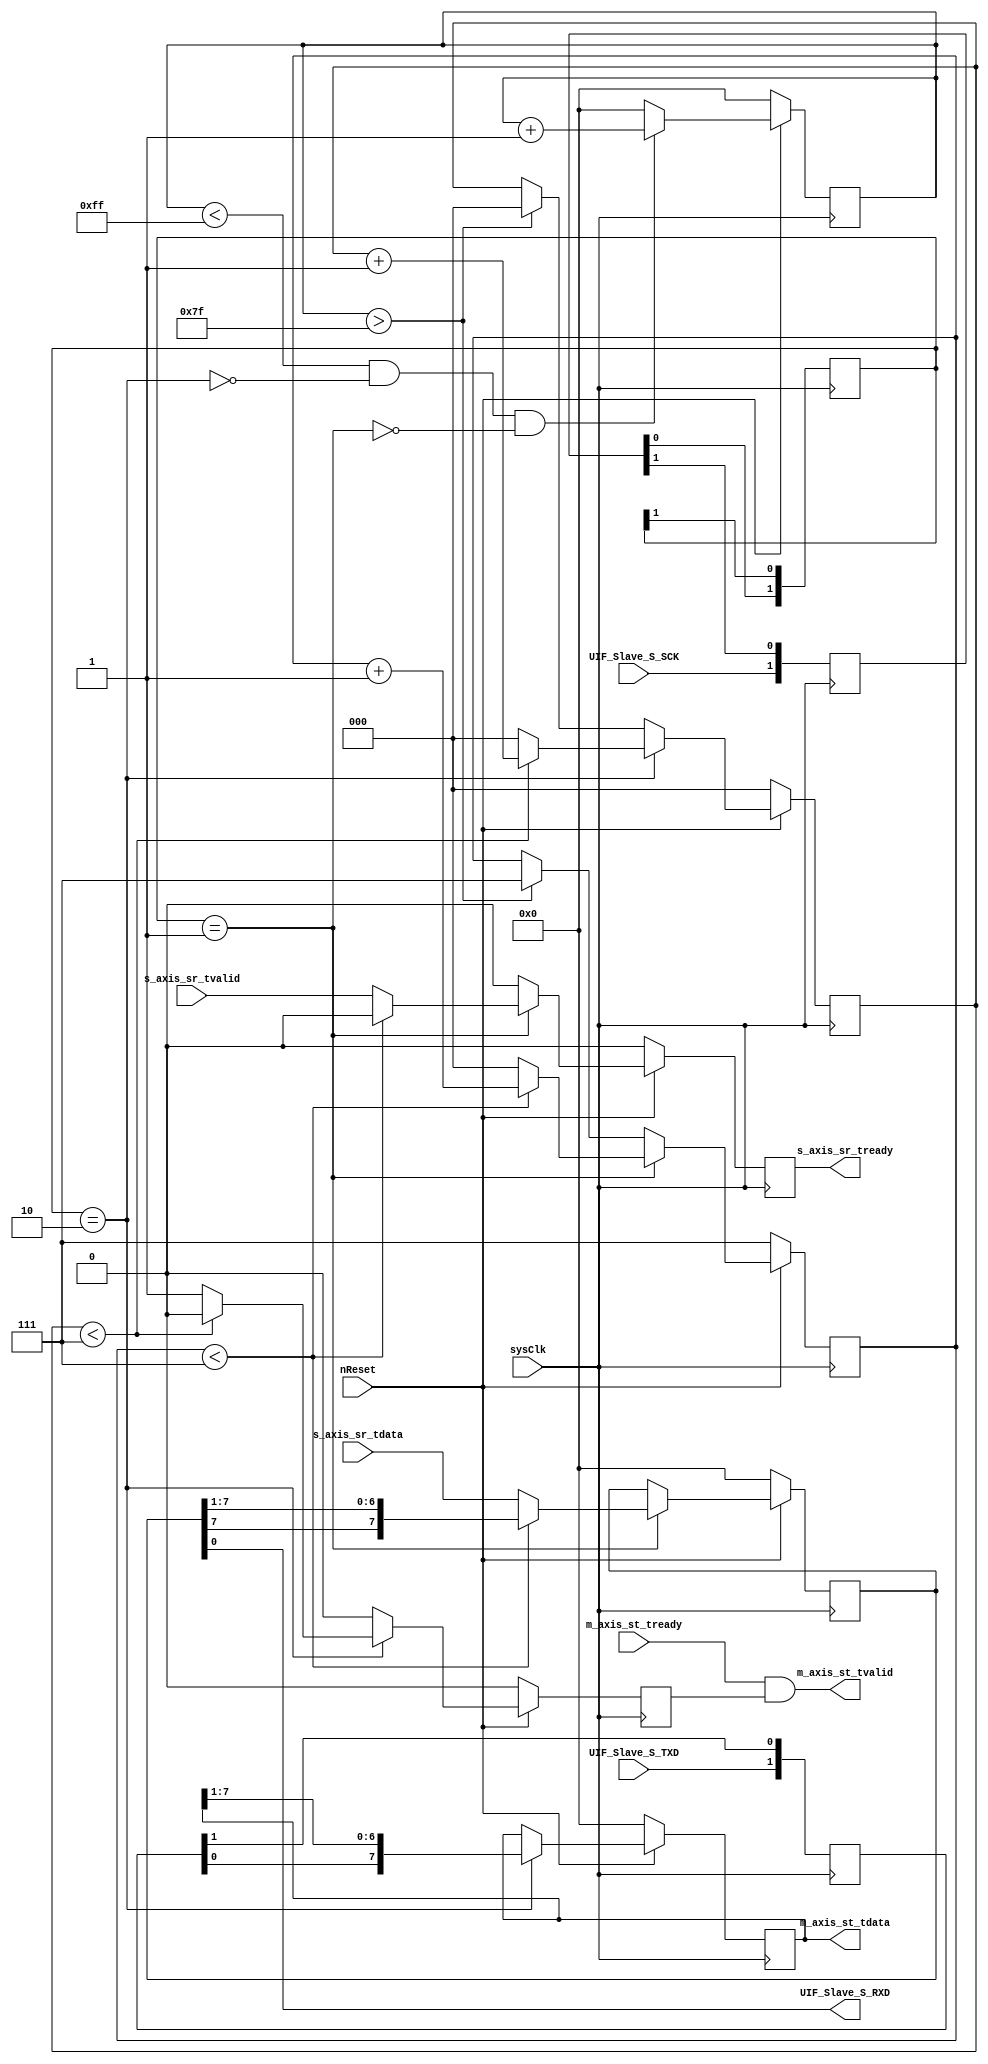
`timescale 1ns / 1ps
//////////////////////////////////////////////////////////////////////////////////
// Company: 
// Engineer: 
// 
// Design Name: 
// Module Name: UIF_SerialSlave
// Project Name: 
// Target Devices: 
// Tool Versions: 
// Description: 
// 
// Dependencies: 
// 
// Revision:
// Revision 0.01 - File Created
// Additional Comments:
// 
//////////////////////////////////////////////////////////////////////////////////


module UIF_SerialSlave(
    input nReset,
    input sysClk,
    input UIF_Slave_S_SCK,
    output UIF_Slave_S_RXD,
    input UIF_Slave_S_TXD,
    
    output [7:0] m_axis_st_tdata,
    input m_axis_st_tready,
    output m_axis_st_tvalid,
    
    input [7:0] s_axis_sr_tdata,
    output s_axis_sr_tready,
    input s_axis_sr_tvalid
    );
    
    
(* ASYNC_REG = "TRUE" *) reg [1:0] SCKSync;
(* ASYNC_REG = "TRUE" *) reg [1:0] RXDSync;
wire SCKInt;
wire RXDInt;
assign SCKInt = SCKSync[0];
assign RXDInt = RXDSync[0];

reg [1:0] SCKEdgeBuffer;
wire SCKRiseEdge = (SCKEdgeBuffer == 2'b10);
wire SCKFallEdge = (SCKEdgeBuffer == 2'b01);

reg [7:0] RXDBuffer;
reg [2:0] RXDBufferCount;
reg RXDBufferValid;

reg [7:0] TXDBuffer;
reg [2:0] TXDBufferCount;
reg TXDBufferReady;

reg [7:0] timeOutCounter;

always @(negedge sysClk)
begin
    SCKSync <= {UIF_Slave_S_SCK, SCKSync[1]};
    RXDSync <= {UIF_Slave_S_TXD, RXDSync[1]};
end

always @(negedge sysClk)
begin
    SCKEdgeBuffer <= {SCKInt, SCKEdgeBuffer[1]};  
end

always @(negedge sysClk)
begin
    if(~nReset)
    begin
        timeOutCounter <= 8'h00;
    end
    else
    begin
        if(timeOutCounter < 8'hFF && ~SCKRiseEdge && ~SCKFallEdge)
        begin
            timeOutCounter <= timeOutCounter + 8'h01;
        end
        else
        begin
            timeOutCounter <= 8'h00;
        end
    end
end

always @(negedge sysClk)
begin
    if(~nReset)
    begin
        RXDBuffer <= 8'h00;
        RXDBufferCount <= 3'h0;
        RXDBufferValid <= 1'b0;
    end
    else
    begin
        if(SCKRiseEdge)
        begin
            RXDBuffer <= {RXDInt, RXDBuffer[7:1]};
            
            if(RXDBufferCount < 3'h7)
            begin
                RXDBufferCount <= RXDBufferCount + 3'h1;
                RXDBufferValid <= 1'b0;
            end
            else
            begin
                RXDBufferCount <= 3'h0;
                RXDBufferValid <= 1'b1;
            end
        end
        else
        begin
            RXDBufferValid <= 1'b0;
            RXDBuffer <= RXDBuffer;
            
            if(timeOutCounter > 8'h7F)
            begin
                RXDBufferCount <= 3'h0;
            end
            else
            begin
                RXDBufferCount <= RXDBufferCount;
            end
        end
    end
end

assign m_axis_st_tdata = RXDBuffer;
assign m_axis_st_tvalid = m_axis_st_tready & RXDBufferValid;



always @(negedge sysClk)
begin
    if(~nReset)
    begin
        TXDBuffer <= 8'h00;
        TXDBufferCount <= 3'h7;
        TXDBufferReady <= 1'b0;
    end
    else
    begin
        if(SCKFallEdge)
        begin
            if(TXDBufferCount < 3'h7)
            begin
                TXDBufferCount <= TXDBufferCount + 3'h1;
                TXDBufferReady <= 1'b0;
                TXDBuffer <= {TXDBuffer[7], TXDBuffer[7:1]};
            end
            else
            begin
                TXDBufferCount <= 3'h0;
                TXDBufferReady <= s_axis_sr_tvalid;
                TXDBuffer <= s_axis_sr_tdata;
            end
        end
        else
        begin
            TXDBufferReady <= 1'b0;
            TXDBuffer <= TXDBuffer;
            
            if(timeOutCounter > 8'h7F)
            begin
                TXDBufferCount <= 3'h7;
            end
            else
            begin
                TXDBufferCount <= TXDBufferCount;
            end
        end
    end
end

assign s_axis_sr_tready = TXDBufferReady;
assign UIF_Slave_S_RXD = TXDBuffer[0];

endmodule